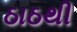
ઠાઠથી